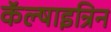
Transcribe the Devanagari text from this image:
कॅल्षाइन्रिन